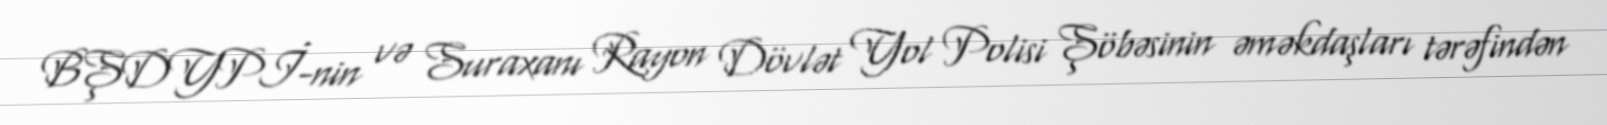
BŞDYPİ-nin və Suraxanı Rayon Dövlət Yol Polisi Şöbəsinin əməkdaşları tərəfindən